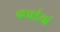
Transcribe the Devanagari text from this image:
बधाईयां